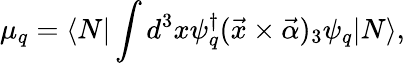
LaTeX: \mu_{q}=\langle N|\int d^{3}x\psi_{q}^{\dagger}(\vec{x}\times\vec{\alpha})_{3}\psi_{q}|N\rangle,